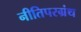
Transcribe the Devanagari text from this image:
नीतिपरग्रंथ